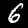
Label: 6